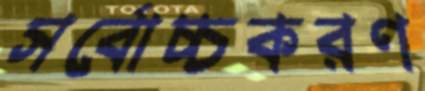
সর্বোচ্চকরণ